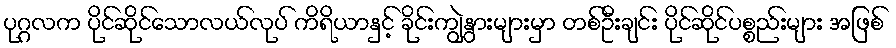
ပုဂ္ဂလက ပိုင်ဆိုင်သောလယ်လုပ် ကိရိယာနှင့် ခိုင်းကျွဲနွားများမှာ တစ်ဦးချင်း ပိုင်ဆိုင်ပစ္စည်းများ အဖြစ်